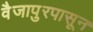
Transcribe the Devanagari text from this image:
वैजापुरपासून